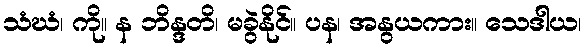
သံဃံ၊ ကို။ န ဘိန္ဒတိ၊ မခွဲနိုင်။ ပန၊ အနွယကား။ သေဒါယ၊